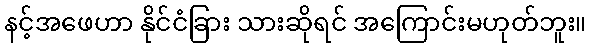
နင့်အဖေဟာ နိုင်ငံခြား သားဆိုရင် အကြောင်းမဟုတ်ဘူး။